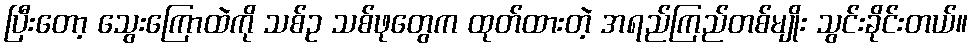
ပြီးတော့ သွေးကြောထဲကို သစ်ဥ သစ်ဖုတွေက ထုတ်ထားတဲ့ အရည်ကြည်တစ်မျိုး သွင်းခိုင်းတယ်။